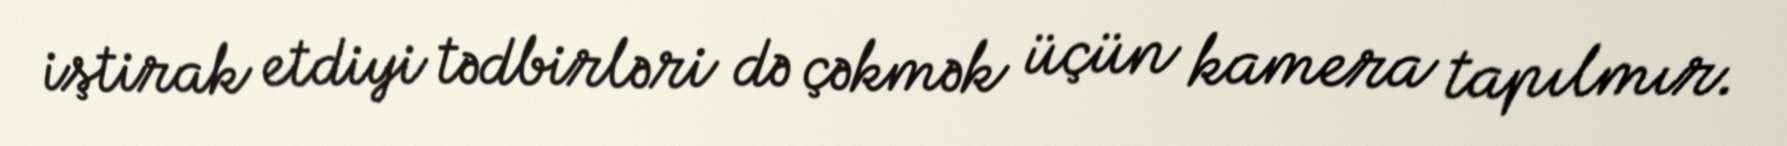
iştirak etdiyi tədbirləri də çəkmək üçün kamera tapılmır.